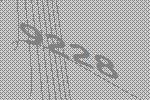
9228